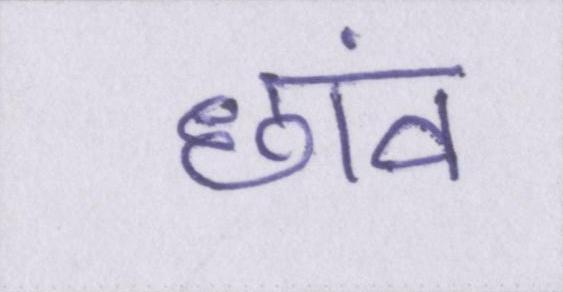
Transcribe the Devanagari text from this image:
छांव